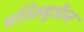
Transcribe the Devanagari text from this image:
प्रतिम्यूऑन